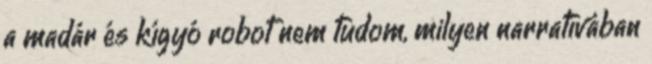
a madár és kígyó robot nem tudom, milyen narratívában